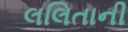
લલિતાની